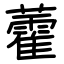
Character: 藿